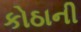
કોઠાની